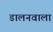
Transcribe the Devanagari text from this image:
डालनवाला़